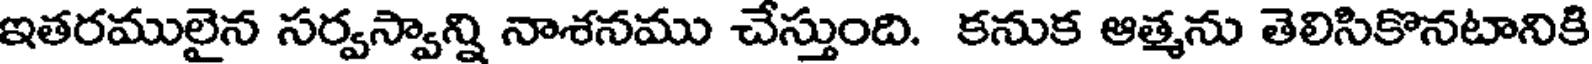
ఇతరములైన సర్వస్వాన్ని నాశనము చేస్తుంది. కనుక ఆత్మను తెలిసికొనటానికి